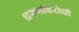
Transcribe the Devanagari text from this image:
धरणविरोधी